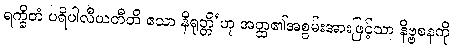
ရက္ခိတံ ပရိပါလီယတီတိ ဧသာ နိရုတ္တိ’ဟု အတ္ထ၏အစွမ်းအားဖြင့်သာ နိဗ္ဗစနကို